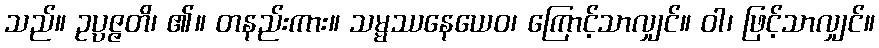
သည်။ ဥပ္ပဇ္ဇတိ၊ ၏။ တနည်းကား။ သမ္မဿနေယေဝ၊ ကြောင့်သာလျှင်။ ဝါ၊ ဖြင့်သာလျှင်။